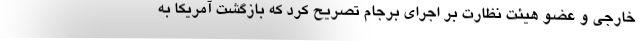
خارجی و عضو هیئت نظارت بر اجرای برجام تصریح کرد که بازگشت آمریکا به